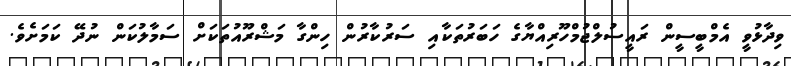
ވިދާޅުވީ އެމްބީސީން ރައީސުލްޖުމްހޫރިއްޔާގެ ހަބަރުތަކާއި ސަރުކާރުން ހިންގާ މަޝްރޫއުތަކަށް ސަމާލުކަން ނުދޭ ކަމަށެވެ.